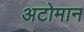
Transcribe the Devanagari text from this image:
अटोमान